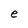
Character: e